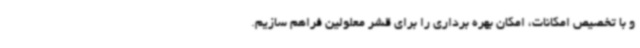
و با تخصیص امکانات، امکان بهره برداری را برای قشر معلولین فراهم سازیم.